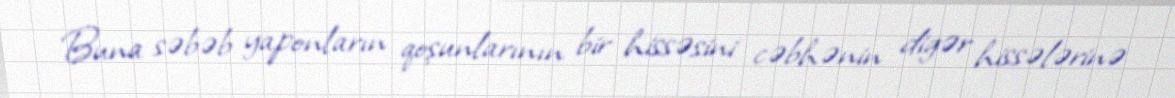
Buna səbəb yaponların qoşunlarının bir hissəsini cəbhənin digər hissələrinə